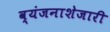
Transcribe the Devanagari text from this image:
व्यंजनाशेजारी